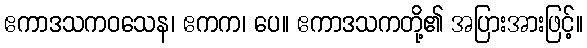
ဧကာဒသကဝသေန၊ ဧကက၊ ပေ။ ဧကာဒသကတို့၏ အပြားအားဖြင့်။